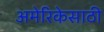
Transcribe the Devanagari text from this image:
अमेरिकेसाठी